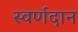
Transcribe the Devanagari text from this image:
स्वर्णदान